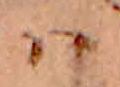
ハ